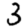
Digit: 3